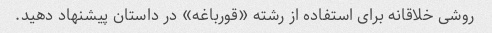
روشی خلاقانه برای استفاده از رشته «قورباغه» در داستان پیشنهاد دهید.